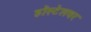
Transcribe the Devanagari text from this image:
हॉस्टेलवर